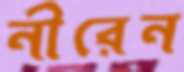
নীরেন